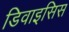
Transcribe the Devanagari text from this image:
डिवाइसिस